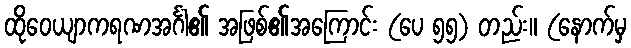
ထိုဝေယျာကရဏအင်္ဂါ၏ အဖြစ်၏အကြောင်း (ပေ ၅၅) တည်း။ (နောက်မှ